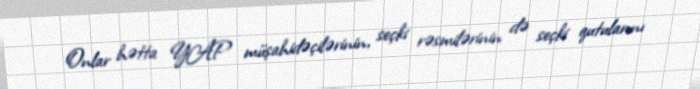
Onlar hətta YAP müşahidəçilərinin, seçki rəsmilərinin də seçki qutularını